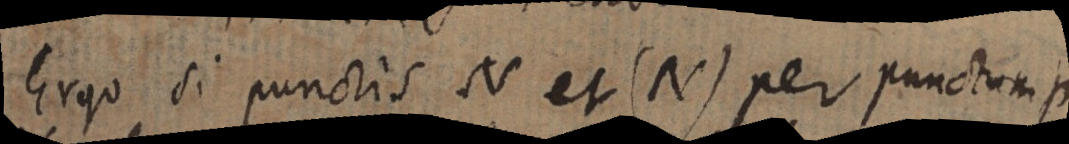
Ergo si punctis N et (N) per punctum p